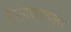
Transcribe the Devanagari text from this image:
तेलंगणातला